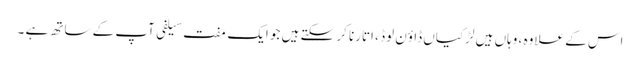
اس کے علاوہ ، وہاں ہیں لڑکیاں ڈاؤن لوڈ ، اتارنا کر سکتے ہیں جو ایک مفت سیلفی آپ کے ساتھ ہے ۔